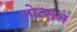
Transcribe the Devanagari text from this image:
गोत्शल